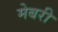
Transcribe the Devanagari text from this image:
मेबरी